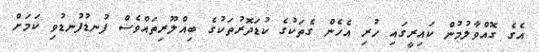
އެގެ ގޮއްވާލުމުން ކައިރީގައި ހުރި އެހެން ގެތަކުގެ ކުޑަދޮރުތަކުގެ ބިއްލޫރިތައްވެސް ފުނޑުފުނޑުވި ކަމަށް